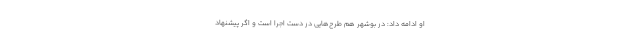
او ادامه داد: در بوشهر هم طرح‌هایی در دست اجرا است و اگر پیشنهاد